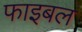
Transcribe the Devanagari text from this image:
फाइबल